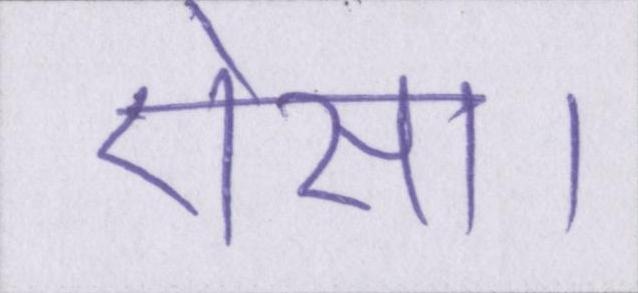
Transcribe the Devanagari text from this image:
ऐसा।